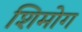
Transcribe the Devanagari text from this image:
शिमोग